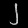
Digit: ၂